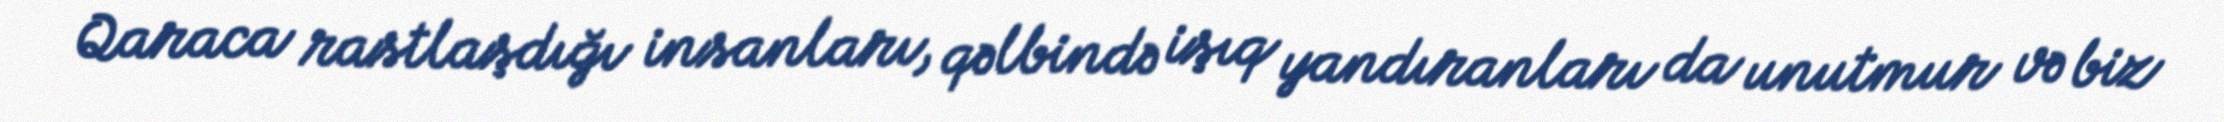
Qaraca rastlaşdığı insanları, qəlbində işıq yandıranları da unutmur və biz